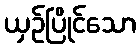
ယှဉ်ပြိုင်သော